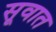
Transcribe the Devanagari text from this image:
सूवात